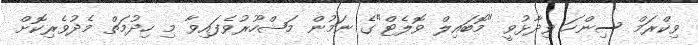
ވިކްރަމް ސިންހަ ވިދާޅުވީ "މޮބައިލް ވޮލެޓް"ގެ ނަމުން މަޝްހޫރުވެފައިވާ މި ހިދުމަތް މެދުވެރިކޮށް